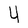
Character: 4